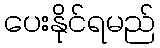
ပေးနိုင်ရမည်